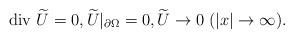
LaTeX: \begin{align*}\mbox{div $\widetilde U$}=0, \widetilde U|_{\partial\Omega}=0, \widetilde U\to 0\; (|x|\to\infty).\end{align*}